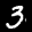
Label: 3